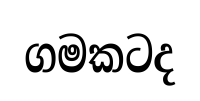
ගමකටද